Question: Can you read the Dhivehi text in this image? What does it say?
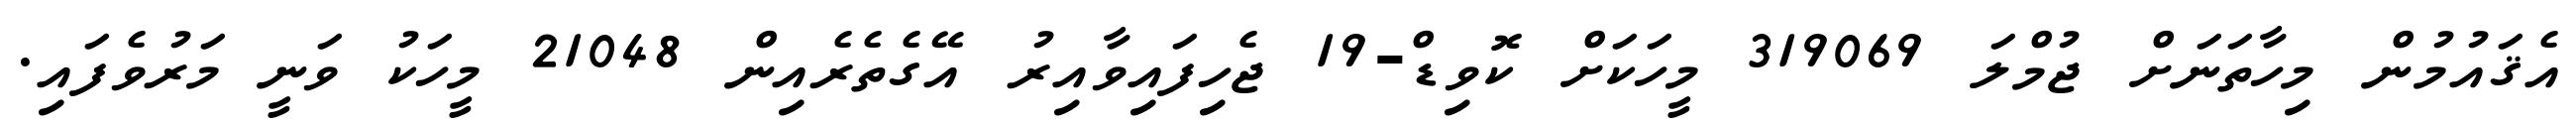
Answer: އެޤައުމުން މިހާތަނަށް ޖުމްލަ 319069 މީހަކަށް ކޮވިޑް-19 ޖެހިފައިވާއިރު އޭގެތެރެއިން 21048 މީހަކު ވަނީ މަރުވެފައި.